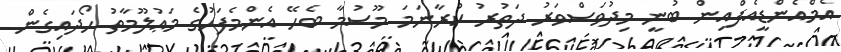
އެމްއެންޑީއެފްއިން ބުނީ މިދުވަސްވަރު ދަތުރު ކުރާނަމަ މޫސުމާ ބެހޭ އެންމެފަހުގެ މަޢުލޫމާތު ހޯދައިގެން